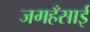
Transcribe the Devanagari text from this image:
जगहँसाई